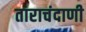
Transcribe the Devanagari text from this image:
ताराचंदाणी